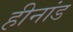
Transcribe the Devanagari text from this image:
हीनांड